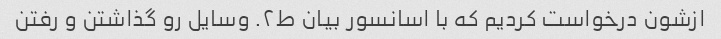
ازشون درخواست کردیم که با اسانسور بیان ط۲. وسایل رو گذاشتن و رفتن